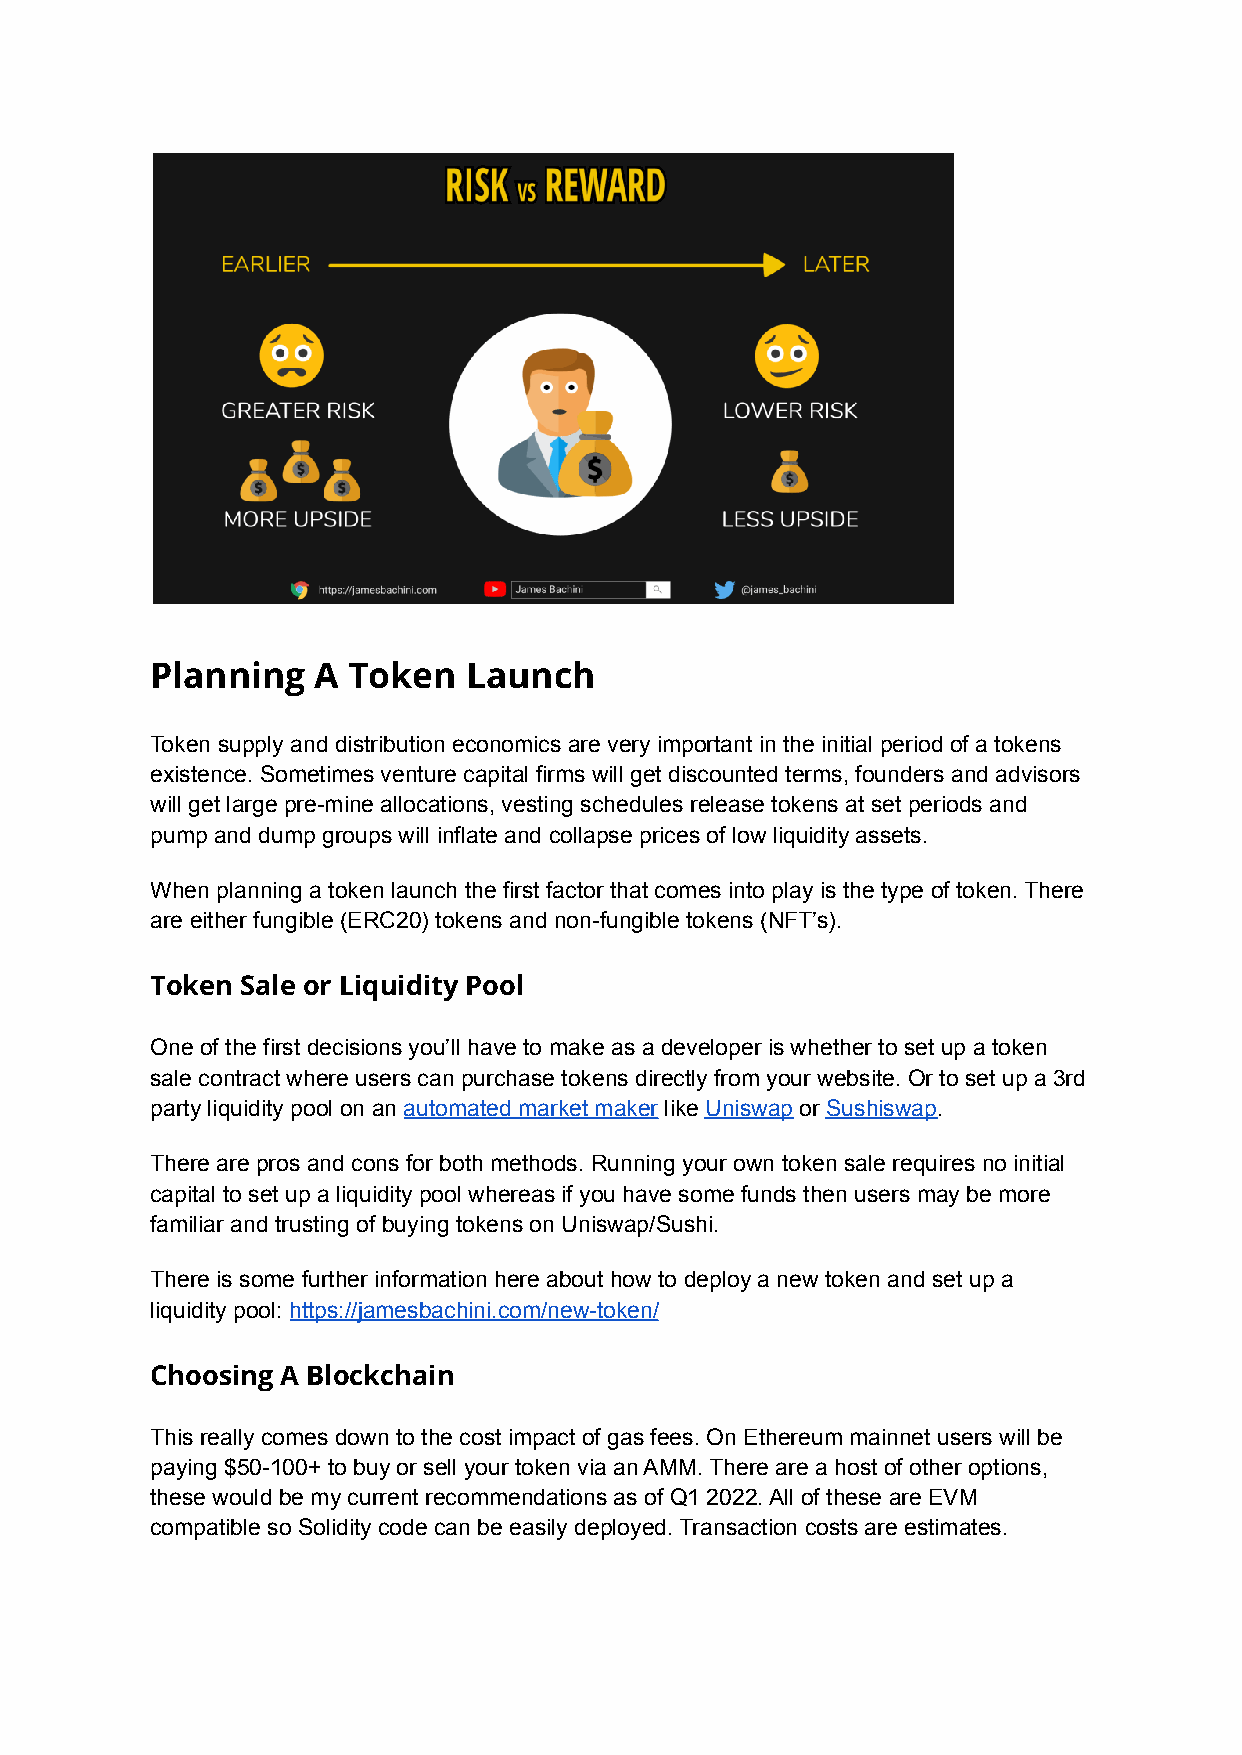
Planning   A Token   Launch
 Token supply and distribution economics are very important in the initial period of a tokens
 existence. Sometimes venture capital firms will get discounted terms, founders and advisors
 will get large pre-mine allocations, vesting schedules release tokens at set periods and
 pump and dump groups will inflate and collapse prices of low liquidity assets.
 When planning a token launch the first factor that comes into play is the type of token. There
 are either fungible (ERC20) tokens and non-fungible tokens (NFT’s).
 Token Sale or Liquidity Pool
 One of the first decisions you’ll have to make as a developer is whether to set up a token
 sale contract where users can purchase tokens directly from your website. Or to set up a 3rd
 party liquidity pool on an automated market maker like Uniswap or Sushiswap.
 There are pros and cons for both methods. Running your own token sale requires no initial
 capital to set up a liquidity pool whereas if you have some funds then users may be more
 familiar and trusting of buying tokens on Uniswap/Sushi.
 There is some further information here about how to deploy a new token and set up a
 liquidity pool: https://jamesbachini.com/new-token/
 Choosing A Blockchain
 This really comes down to the cost impact of gas fees. On Ethereum mainnet users will be
 paying $50-100+ to buy or sell your token via an AMM. There are a host of other options,
 these would be my current recommendations as of Q1 2022. All of these are EVM
 compatible so Solidity code can be easily deployed. Transaction costs are estimates.